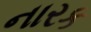
નારક